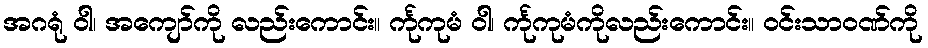
အဂရုံ ဝါ၊ အကျော်ကို လည်းကောင်း။ င်္ကုကုမံ ဝါ၊ င်္ကုကုမံကိုလည်းကောင်း။ ဝင်းသာဝဏ်ကို